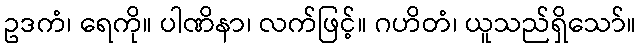
ဥဒကံ၊ ရေကို။ ပါဏိနာ၊ လက်ဖြင့်။ ဂဟိတံ၊ ယူသည်ရှိသော်။